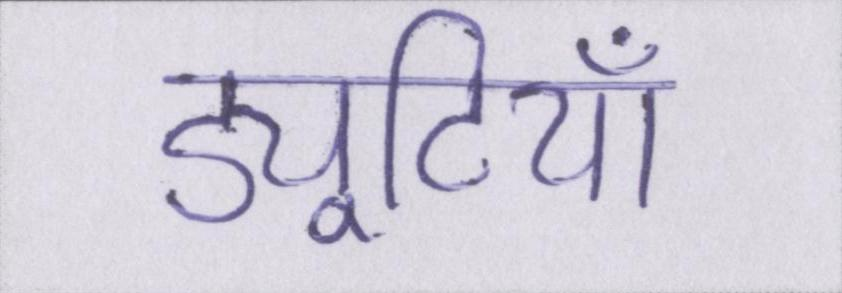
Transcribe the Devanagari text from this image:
ड्यूटियां